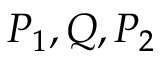
P _ { 1 } , Q , P _ { 2 }